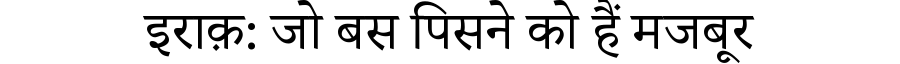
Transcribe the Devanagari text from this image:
इराक़: जो बस पिसने को हैं मजबूर